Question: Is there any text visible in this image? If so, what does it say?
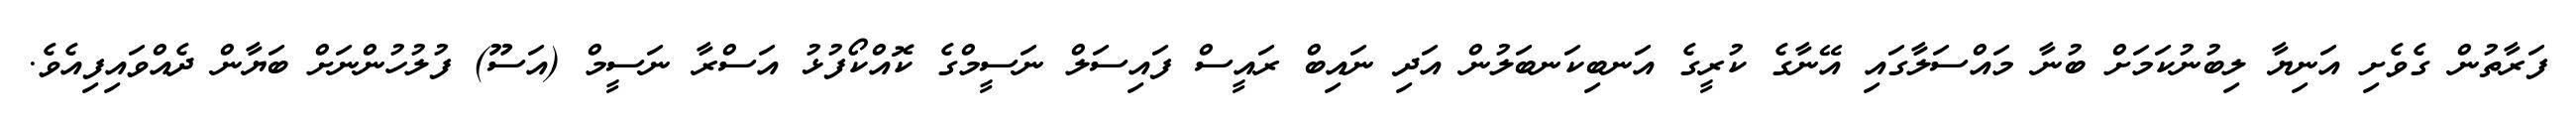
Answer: ފަރާތުން ގެވެށި އަނިޔާ ލިބުނުކަމަށް ބުނާ މައްސަލާގައި އޭނާގެ ކުރީގެ އަނބިކަނބަލުން އަދި ނައިބް ރައީސް ފައިސަލް ނަސީމްގެ ކޮއްކޯފުޅު އަސްރާ ނަސީމް (އަސޫ) ފުލުހުންނަށް ބަޔާން ދެއްވައިފިއެވެ.